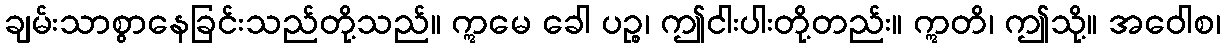
ချမ်းသာစွာနေခြင်းသည်တို့သည်။ ဣမေ ခေါ ပဉ္စ၊ ဤငါးပါးတို့တည်း။ ဣတိ၊ ဤသို့။ အဝေါစ၊